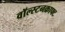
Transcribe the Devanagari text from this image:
वॉल्स्टनक्राफ्ट